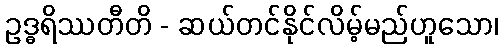
ဥဒ္ဓရိဿတီတိ - ဆယ်တင်နိုင်လိမ့်မည်ဟူသော၊